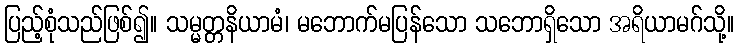
ပြည့်စုံသည်ဖြစ်၍။ သမ္မတ္တနိယာမံ၊ မဘောက်မပြန်သော သဘောရှိသော အရိယာမဂ်သို့။